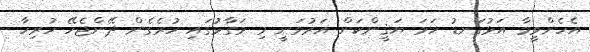
އެހެންވީމާ އަޅުގަނޑު ހަމަ ޔަޤީންކަން އަރުވަނީ މި މަގާމުގައި ހުރެގެން ދޭންޖެހޭ ހުރިހާ